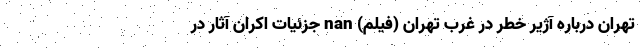
تهران درباره آژیر خطر در غرب تهران (فیلم) nan جزئیات اکران آثار در